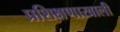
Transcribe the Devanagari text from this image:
प्रशिक्षणाखाली